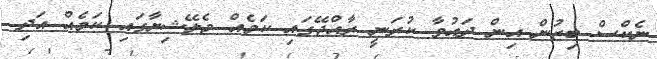
ނެކްސް ބިޒުން އިން ދައުވާ ކުރަނީ ރާއްޖޭގައި ކަމެއް މެލޭޝިޔާގައި ކަމެއް އަދި